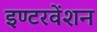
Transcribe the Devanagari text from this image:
इण्टरवेंशन